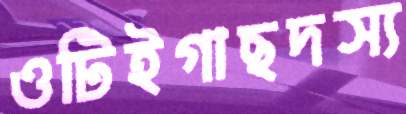
ওটিইগাছদস্য